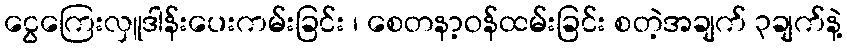
ငွေကြေးလှူဒါန်းပေးကမ်းခြင်း ၊ စေတနာ့ဝန်ထမ်းခြင်း စတဲ့အချက် ၃ချက်နဲ့